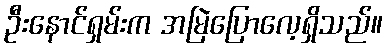
ဦးနောင်ရှမ်းက အမြဲပြောလေ့ရှိသည်။